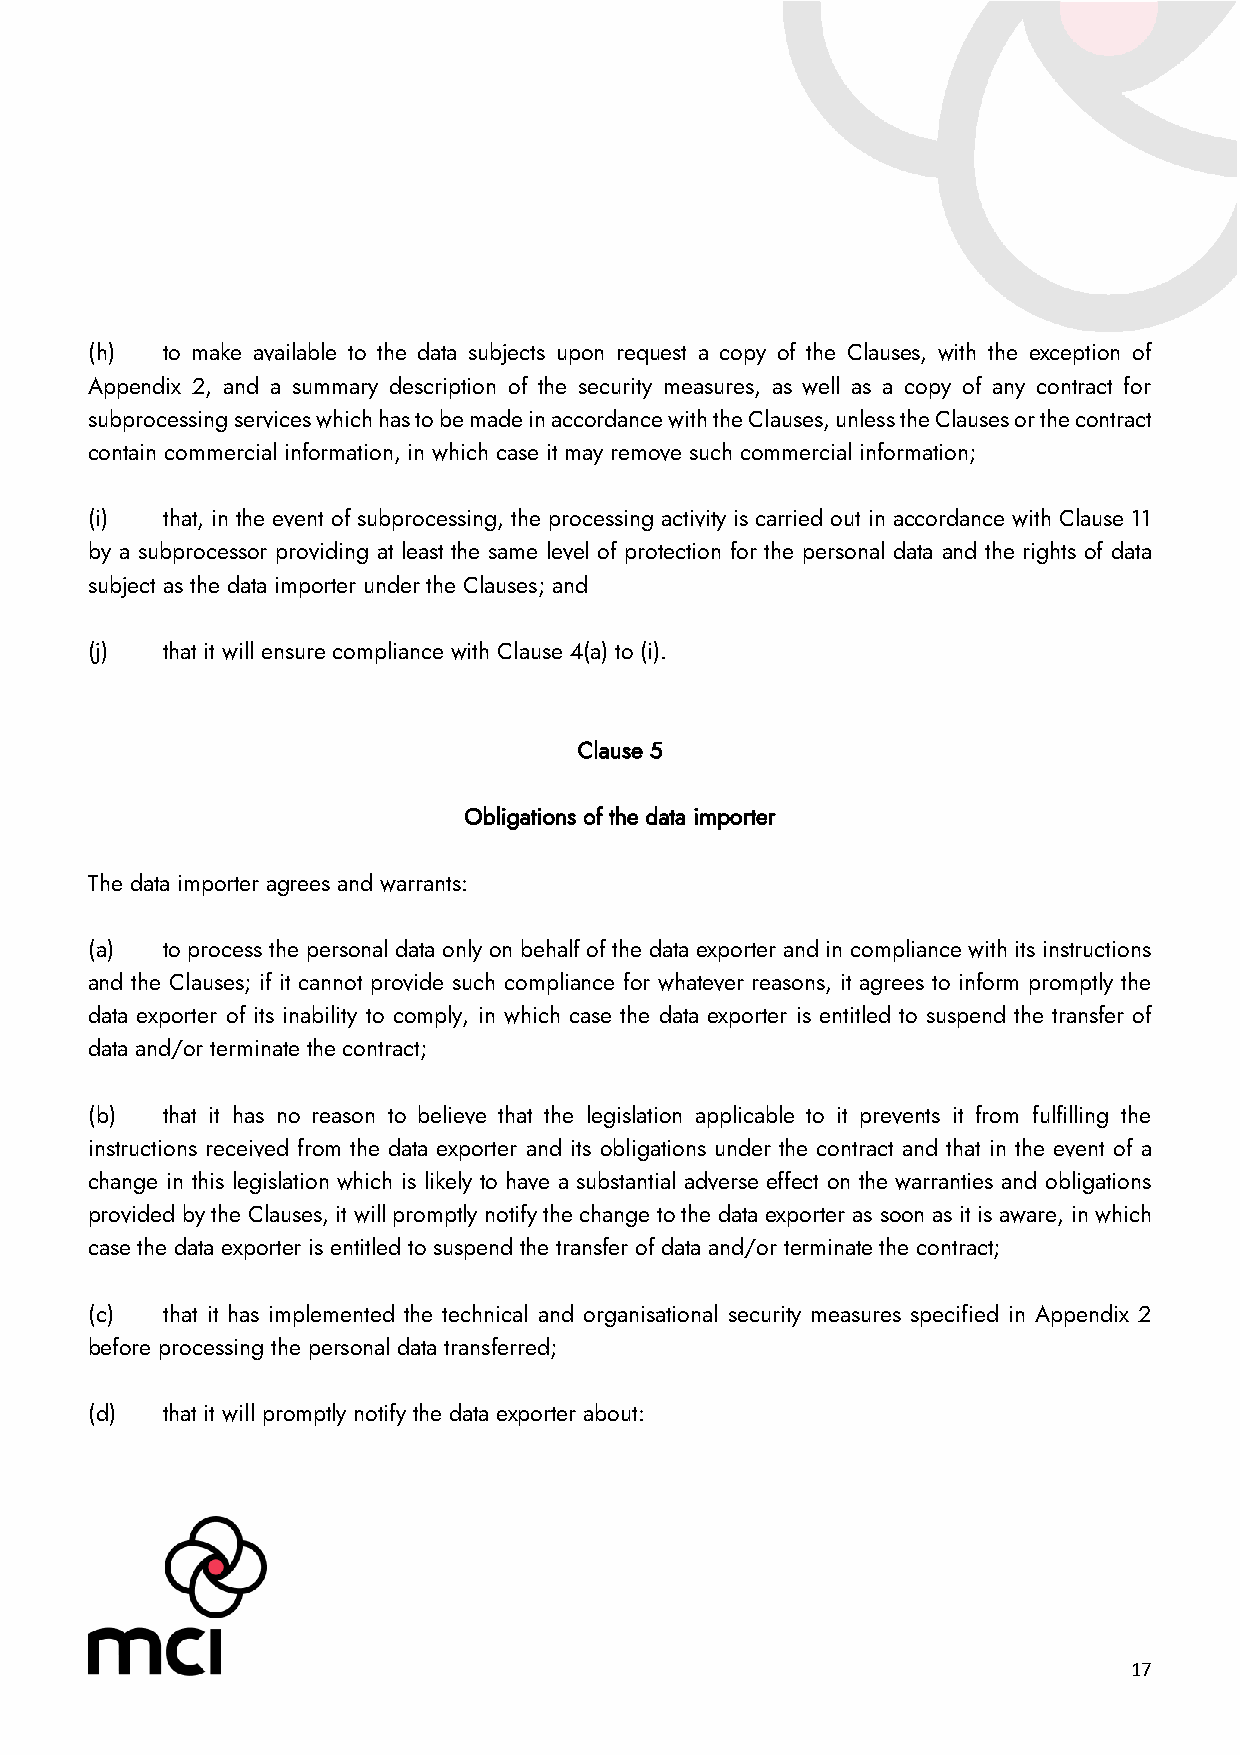
(h)  to make available to the data subjects upon request a copy of the Clauses, with the exception of
 Appendix 2, and a summary description of the security measures, as well as a copy of any contract for
 subprocessing services which has to be made in accordance with the Clauses, unless the Clauses or the contract
 contain commercial information, in which case it may remove such commercial information;
 (i)  that, in the event of subprocessing, the processing activity is carried out in accordance with Clause 11
 by a subprocessor providing at least the same level of protection for the personal data and the rights of data
 subject as the data importer under the Clauses; and
 (j)  that it will ensure compliance with Clause 4(a) to (i).
 Clause 5
 Obligations of the data importer
 The data importer agrees and warrants:
 (a)  to process the personal data only on behalf of the data exporter and in compliance with its instructions
 and the Clauses; if it cannot provide such compliance for whatever reasons, it agrees to inform promptly the
 data exporter of its inability to comply, in which case the data exporter is entitled to suspend the transfer of
 data and/or terminate the contract;
 (b)  that it has no reason to believe that the legislation applicable to it prevents it from fulfilling the
 instructions received from the data exporter and its obligations under the contract and that in the event of a
 change in this legislation which is likely to have a substantial adverse effect on the warranties and obligations
 provided by the Clauses, it will promptly notify the change to the data exporter as soon as it is aware, in which
 case the data exporter is entitled to suspend the transfer of data and/or terminate the contract;
 (c)  that it has implemented the technical and organisational security measures specified in Appendix 2
 before processing the personal data transferred;
 (d)  that it will promptly notify the data exporter about:
 17